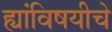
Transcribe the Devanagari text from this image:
ह्यांविषयीचे